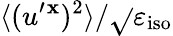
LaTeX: \langle{(u^{\prime}{}^{\mathbf{x}})^{2}}\rangle/\sqrt{}{{\varepsilon_{\textrm{{iso}}}}}